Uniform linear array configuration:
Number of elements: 4
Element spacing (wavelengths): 0.5
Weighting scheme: hamming
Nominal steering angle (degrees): -30
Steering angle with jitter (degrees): -31.027
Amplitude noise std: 0.05
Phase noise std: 0.05

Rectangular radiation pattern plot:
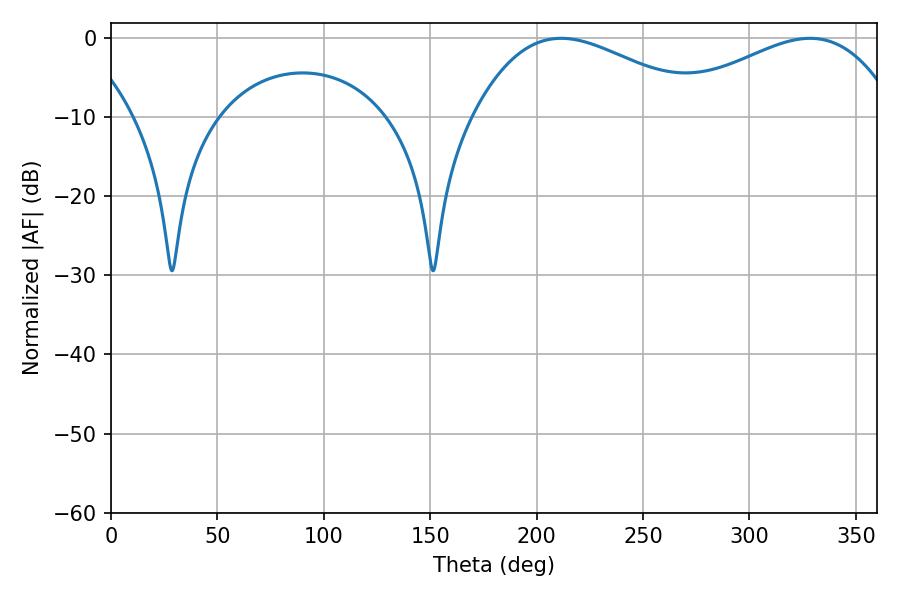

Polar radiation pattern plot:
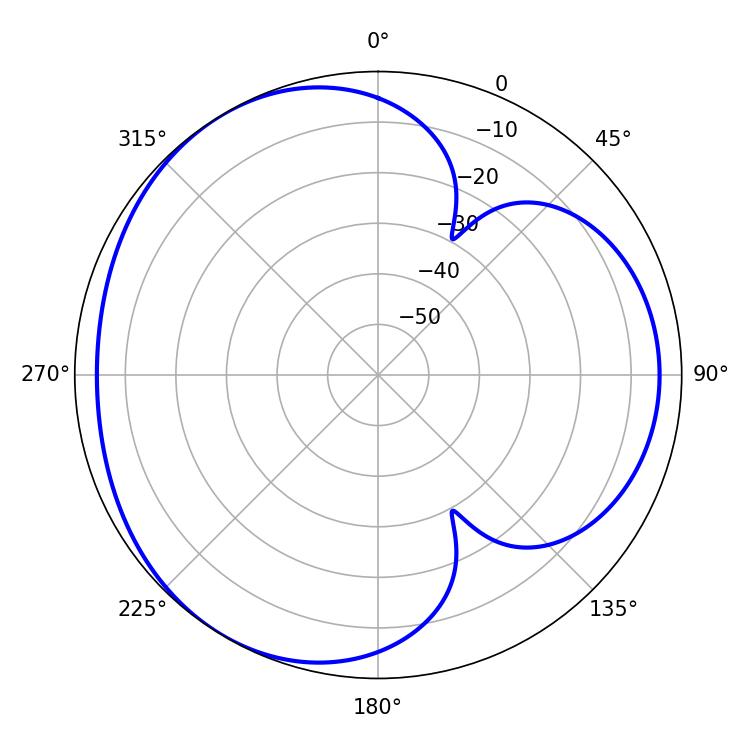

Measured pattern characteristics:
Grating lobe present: FALSE
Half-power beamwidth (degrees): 59.76
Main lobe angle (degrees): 211.5